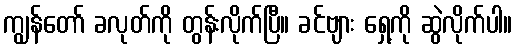
ကျွန်တော် ခလုတ်ကို တွန်းလိုက်ပြီ။ ခင်ဗျား ရှေ့ကို ဆွဲလိုက်ပါ။